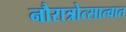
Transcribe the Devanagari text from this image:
नौरात्रोत्सात्वात